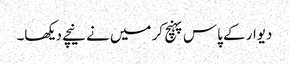
دیوار کے پاس پہنچ کر میں نے نیچے دیکھا۔